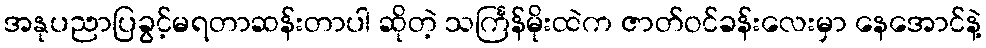
အနုပညာပြခွင့်မရတာဆန်းတာပါ ဆိုတဲ့ သင်္ကြန်မိုးထဲက ဇာတ်ဝင်ခန်းလေးမှာ နေအောင်နဲ့